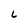
Character: L